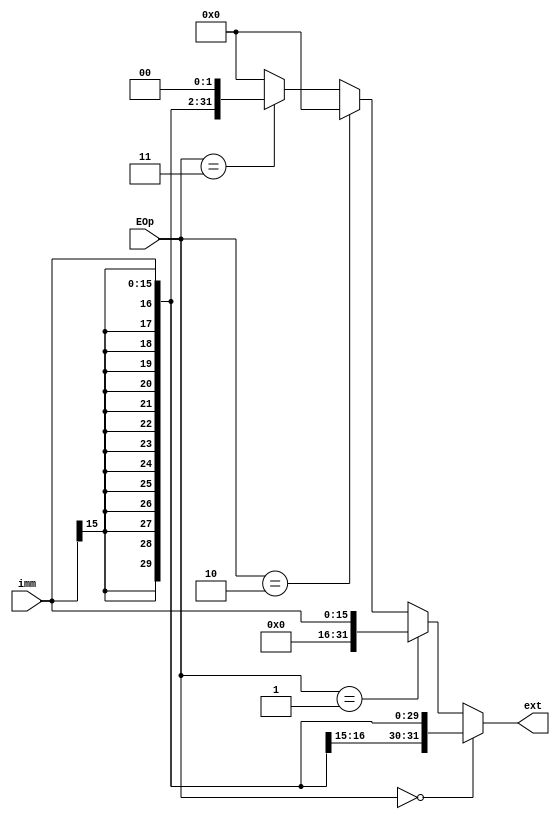
module ext(
    input [15:0] imm,
    input [1:0] EOp,
    output [31:0] ext
    );

assign ext = (EOp == 0)? $signed({{16{imm[15]}},imm}):
				 (EOp == 1)? imm:
				 (EOp == 2)? {imm,{16{0}}}:
				 (EOp == 3)? $signed($signed({{16{imm[15]}},imm}) << 2):
				 0;

endmodule